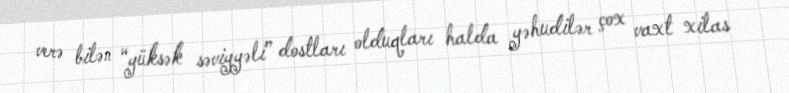
verə bilən “yüksək səviyyəli” dostları olduqları halda yəhudilər çox vaxt xilas